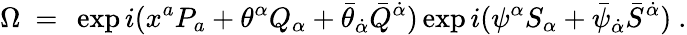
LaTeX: \Omega\ =\ \exp i(x^{a}P_{a}+\theta^{\alpha}Q_{\alpha}+\bar{\theta}_{\dot{\alpha}}\bar{Q}^{\dot{\alpha}})\exp i(\psi^{\alpha}S_{\alpha}+\bar{\psi}_{\dot{\alpha}}\bar{S}^{\dot{\alpha}})\ .